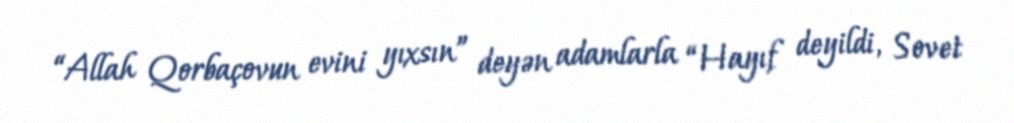
“Allah Qorbaçovun evini yıxsın” deyən adamlarla “Hayıf deyildi, Sovet